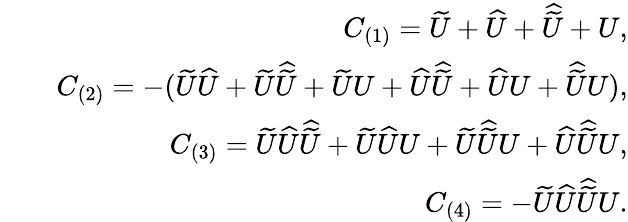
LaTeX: \begin{array}{rlr}&{}&{C_{(1)}=\widetilde{U}+\widehat{U}+\widehat{\widetilde{U}}+U,}\\ &{}&{C_{(2)}=-(\widetilde{U}\widehat{U}+\widetilde{U}\widehat{\widetilde{U}}+\widetilde{U}U+\widehat{U}\widehat{\widetilde{U}}+\widehat{U}U+\widehat{\widetilde{U}}U),}\\ &{}&{C_{(3)}=\widetilde{U}\widehat{U}\widehat{\widetilde{U}}+\widetilde{U}\widehat{U}U+\widetilde{U}\widehat{\widetilde{U}}U+\widehat{U}\widehat{\widetilde{U}}U,}\\ &{}&{C_{(4)}=-\widetilde{U}\widehat{U}\widehat{\widetilde{U}}U.}\end{array}